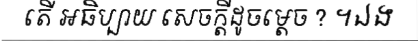
តើ អធិប្បាយ សេចក្តីដូចម្តេច ? ។ឯង